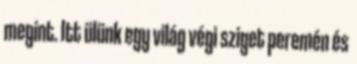
megint. Itt ülünk egy világ végi sziget peremén és